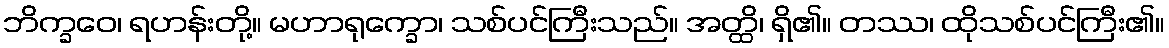
ဘိက္ခဝေ၊ ရဟန်းတို့။ မဟာရုက္ခော၊ သစ်ပင်ကြီးသည်။ အတ္ထိ၊ ရှိ၏။ တဿ၊ ထိုသစ်ပင်ကြီး၏။